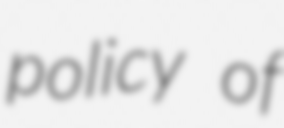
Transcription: policy of